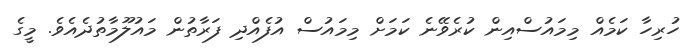
ހުރިހާ ކަމެއް މިމައުސްއިން ކުރެވޭނެ ކަމަށް މިމައުސް އުފެއްދި ފަރާތުން މައުލޫމާތުދެއެވެ. މީގެ